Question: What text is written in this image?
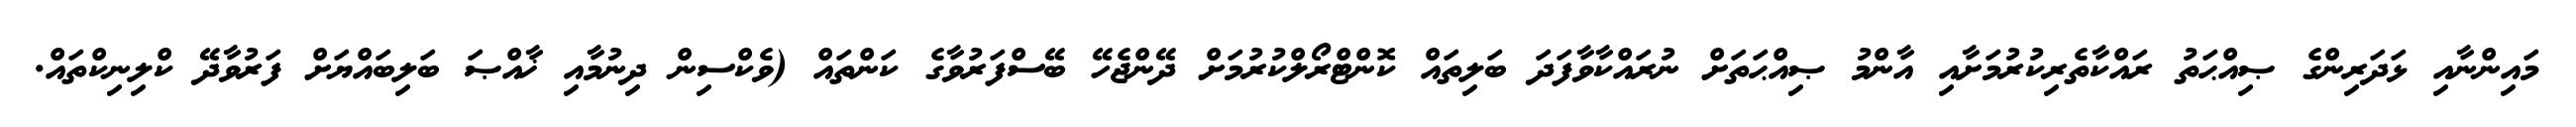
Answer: މައިންނާއި ޅަދަރިންގެ ޞިއްޙަތު ރައްކާތެރިކުރުމަށާއި އާންމު ޞިއްޙަތަށް ނުރައްކާވާފަދަ ބަލިތައް ކޮންޓްރޯލްކުރުމަށް ދޭންޖެހޭ ބޭސްފަރުވާގެ ކަންތައް (ވެކްސިން ދިނުމާއި ޚާއްޞަ ބަލިބައްޔަށް ފަރުވާދޭ ކްލިނިކްތައް.